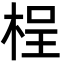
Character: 桯